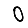
Digit: 0